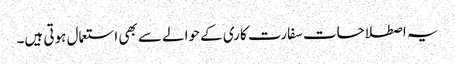
یہ اصطلاحات سفارت کاری کے حوالے سے بھی استعمال ہوتی ہیں۔